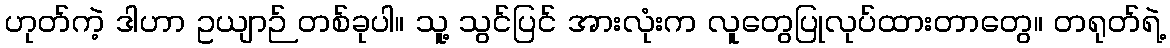
ဟုတ်ကဲ့ ဒါဟာ ဥယျာဉ် တစ်ခုပါ။ သူ့ သွင်ပြင် အားလုံးက လူတွေပြုလုပ်ထားတာတွေ။ တရုတ်ရဲ့